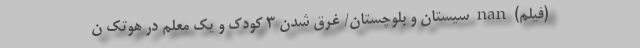
(فیلم) nan سیستان و بلوچستان/ غرق شدن 3 کودک و یک معلم‌ در هوتک ن